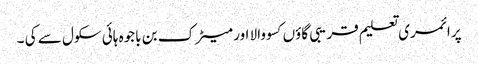
پرا ئمری تعلیم قریبی گاؤں کسو والا اور میٹرک بن باجوہ ہائی سکول سے کی ۔